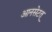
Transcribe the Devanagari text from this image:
आनसेटत्